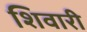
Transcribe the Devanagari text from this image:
शिवारी